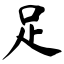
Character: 足